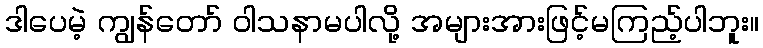
ဒါပေမဲ့ ကျွန်တော် ဝါသနာမပါလို့ အများအားဖြင့်မကြည့်ပါဘူး။